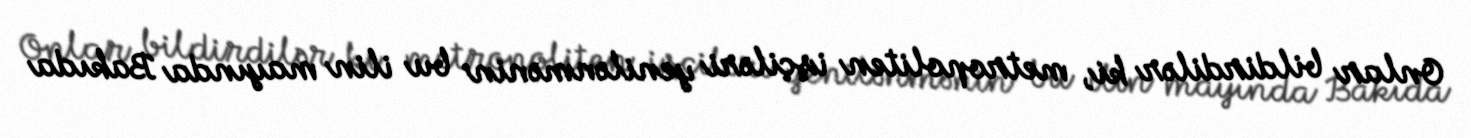
Onlar bildirdilər ki, metropoliten işçiləri yenilənmənin bu ilin mayında Bakıda